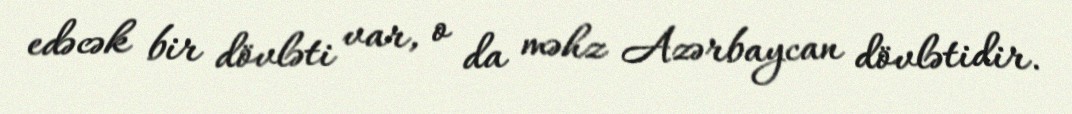
edəcək bir dövləti var, o da məhz Azərbaycan dövlətidir.